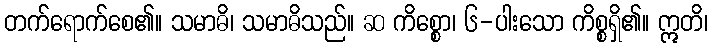
တက်ရောက်စေ၏။ သမာဓိ၊ သမာဓိသည်။ ဆ ကိစ္စော၊ ၆-ပါးသော ကိစ္စရှိ၏။ ဣတိ၊